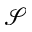
\mathcal { S }